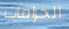
الخرافات